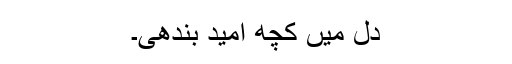
دل میں کچھ امید بندھی۔